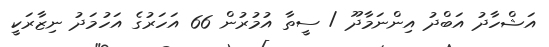
އަޝްހާދު އަބްދު އިންނަމާދޫ / ސީތާ އުމުރުން 66 އަހަރުގެ އަހުމަދު ނިޒާރަކީ